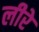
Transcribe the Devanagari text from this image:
लीरे